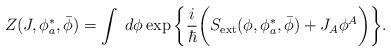
\begin{align*}Z(J,\phi^*_{a},\bar{\phi})=\int\;d\phi\exp\bigg\{\frac{i}{\hbar}\bigg( S_{\rm ext}(\phi,\phi^*_{a},\bar{\phi})+J_A\phi^A\bigg)\bigg\}.\end{align*}